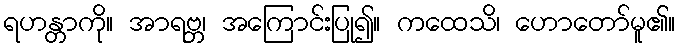
ရဟန္တာကို။ အာရဗ္ဘ၊ အကြောင်းပြု၍။ ကထေသိ၊ ဟောတော်မူ၏။